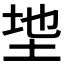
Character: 𫭩